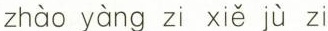
zhào yàng zi xiě jù zi